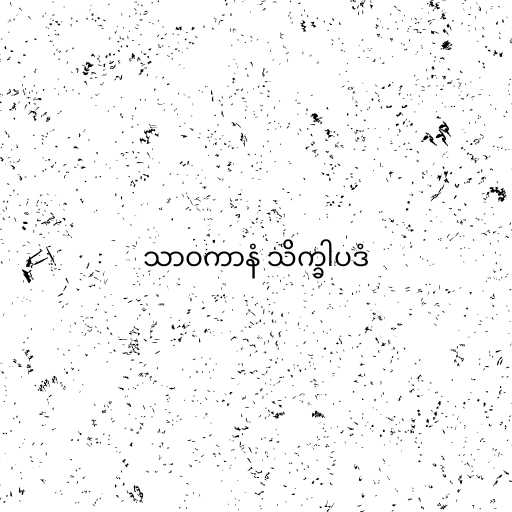
သာဝကာနံ သိက္ခါပဒံ